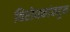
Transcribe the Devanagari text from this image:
विरोधकांकडून